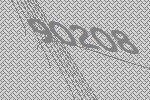
90208